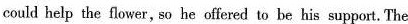
coubd help the flower, so he offered to be his support. The